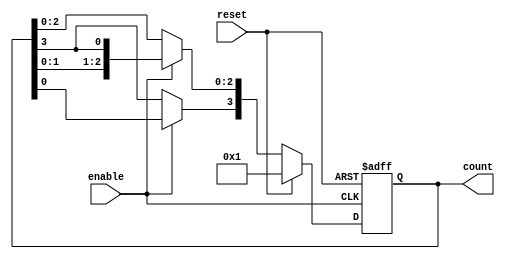
module async_ring_counter #(
    parameter N = 4 // Number of flip-flops
)(
    input wire reset,   // Asynchronous reset
    input wire enable,  // Enable signal to trigger state transitions
    output reg [N-1:0] count // Counter output
);

    // Internal signal for next state
    reg [N-1:0] next_state;

    always @(*) begin
        if (reset) begin
            // Initialize the counter on reset
            next_state = 1'b1; // Set the first flip-flop to 1
        end else if (enable) begin
            // Shift the '1' to the next flip-flop
            next_state = {count[N-2:0], count[N-1]};
            next_state[N-1] = count[0]; // Connect the last flip-flop back to the first
        end else begin
            // Retain the current state
            next_state = count;
        end
    end

    // Flip-flops to hold the counter state
    always @(posedge enable or posedge reset) begin
        if (reset) begin
            count <= {N-1{1'b0}}; // Clear all flip-flops
            count[0] <= 1'b1; // Set the first flip-flop to '1'
        end else begin
            count <= next_state; // Update the counter with the next state
        end
    end
endmodule